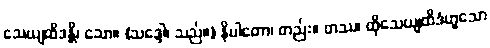
သေယျထိဒန္တိ၊ သော။ (သဒ္ဒေါ၊ သည်။) နိပါတော၊ တည်း။ တဿ၊ ထိုသေယျထိဒံဟူသော